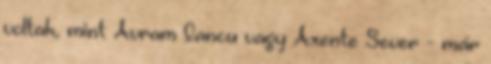
voltak, mint Avram Iancu vagy Axente Sever - már